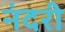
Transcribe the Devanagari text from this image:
नंदरी